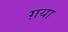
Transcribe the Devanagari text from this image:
ग़या